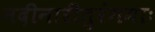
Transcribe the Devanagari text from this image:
नदीनारीतुरंगमाः